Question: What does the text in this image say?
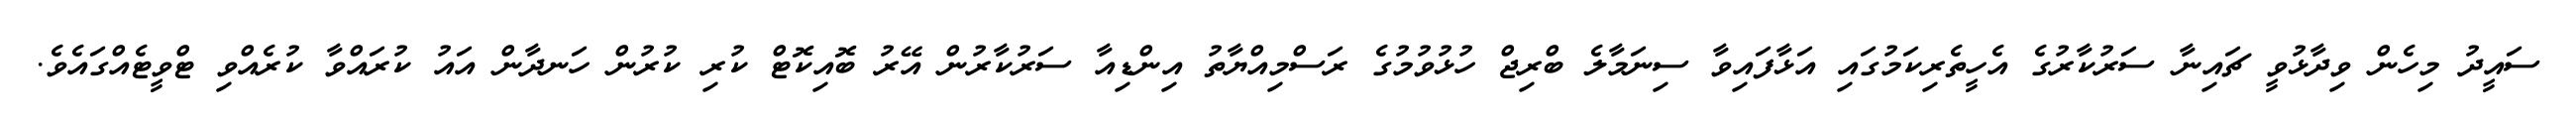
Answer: ސައީދު މިހެން ވިދާޅުވީ ޗައިނާ ސަރުކާރުގެ އެހީތެރިކަމުގައި އަޅާފައިވާ ސިނަމާލެ ބްރިޖް ހުޅުވުމުގެ ރަސްމިއްޔާތު އިންޑިއާ ސަރުކާރުން އޭރު ބޮއިކޮޓް ކުރި ކުރުން ހަނދާން އައު ކުރައްވާ ކުރެއްވި ޓްވީޓެއްގައެވެ.